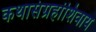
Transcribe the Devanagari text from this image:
कथासंग्रहांशिवाय